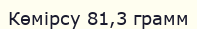
Көмірсу 81,3 грамм